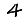
Digit: 4